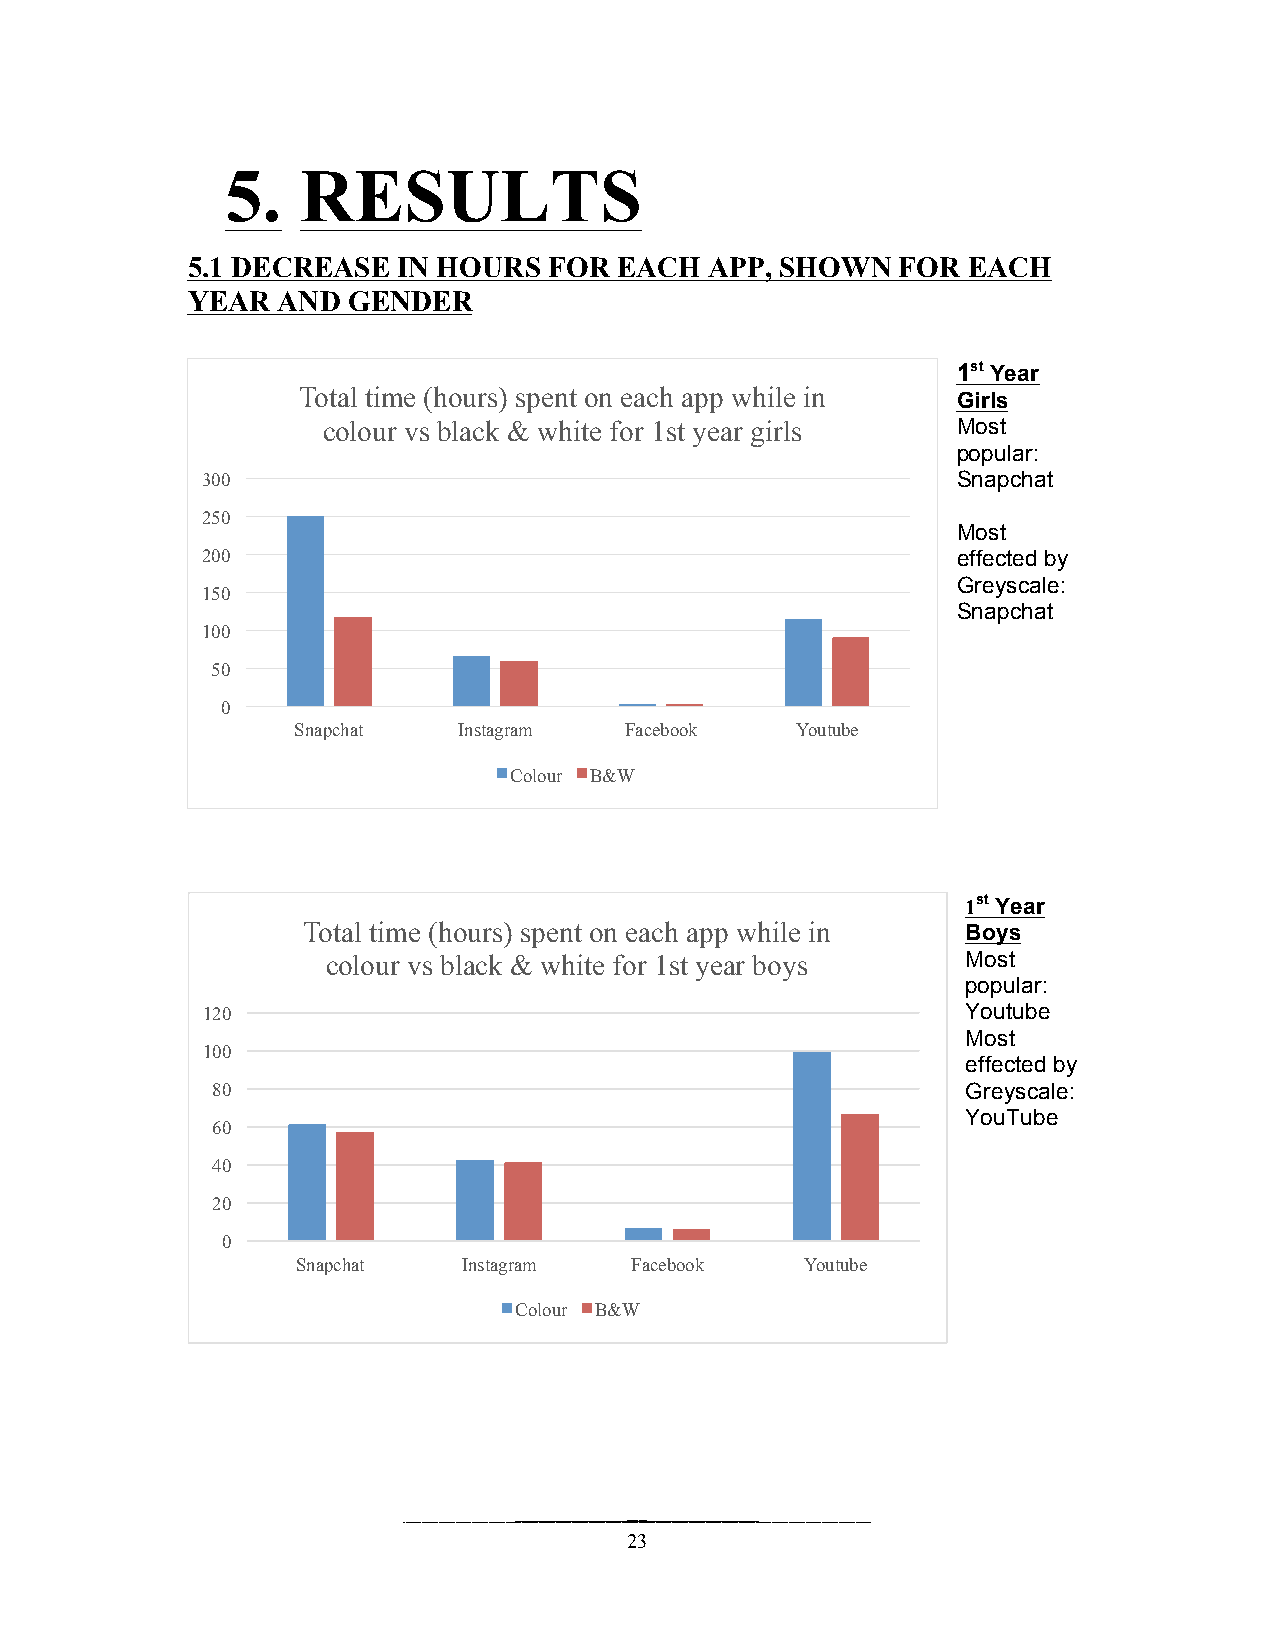
5.   RESULTS
 5.1 DECREASE  IN HO URS FOR  EACH  APP, SHOWN   FOR EACH
 YEAR  AND  GENDER
 1st Year
 Total time (hours) spent on each app while in Girls
 colour vs black & white for 1st year girls Most
 popular:
 300                                               Snapchat
 250
 Most
 200                                               effected by
 Greyscale:
 150
 Snapchat
 100
 50
 0
 Snapchat   Instagram  Facebook    Youtube
 Colour B&W
 1st Year
 Total time (hours) spent on each app while in Boys
 colour vs black & white for 1st year boys Most
 popular:
 120                                                Youtube
 Most
 100
 effected by
 80                                                Greyscale:
 YouTube
 60
 40
 20
 0
 Snapchat   Instagram  Facebook   Youtube
 Colour B&W
 23